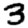
Digit: 3